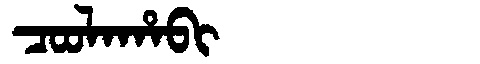
Manchu: ᠴᠣᠣᠯᠠᡥᠠᠪᡳ
Romanization: COOLAHABI